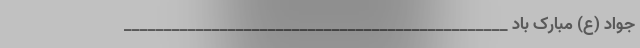
جواد (ع) مبارک باد ________________________________________________